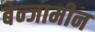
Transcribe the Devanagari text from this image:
बेन्जामीन